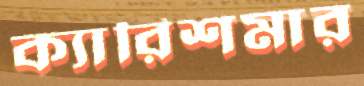
ক্যারিশমার